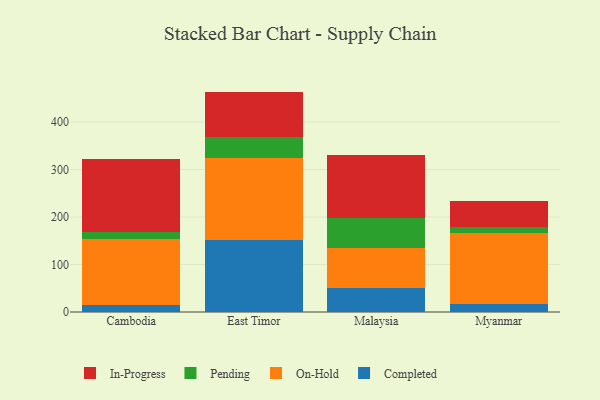
{"axis": {"x": "Country", "y": "Revenue (USD Million)"}, "legend": ["Completed", "In-Progress", "On-Hold", "Pending"], "data": [{"x": "Cambodia", "y": 13.9, "type": "Completed"}, {"x": "Cambodia", "y": 139.5, "type": "On-Hold"}, {"x": "Cambodia", "y": 14.5, "type": "Pending"}, {"x": "Cambodia", "y": 153.9, "type": "In-Progress"}, {"x": "East Timor", "y": 151.7, "type": "Completed"}, {"x": "East Timor", "y": 172.6, "type": "On-Hold"}, {"x": "East Timor", "y": 44.5, "type": "Pending"}, {"x": "East Timor", "y": 95.4, "type": "In-Progress"}, {"x": "Malaysia", "y": 50.7, "type": "Completed"}, {"x": "Malaysia", "y": 83.7, "type": "On-Hold"}, {"x": "Malaysia", "y": 62.6, "type": "Pending"}, {"x": "Malaysia", "y": 132.8, "type": "In-Progress"}, {"x": "Myanmar", "y": 17.8, "type": "Completed"}, {"x": "Myanmar", "y": 148.5, "type": "On-Hold"}, {"x": "Myanmar", "y": 12.2, "type": "Pending"}, {"x": "Myanmar", "y": 54.7, "type": "In-Progress"}]}